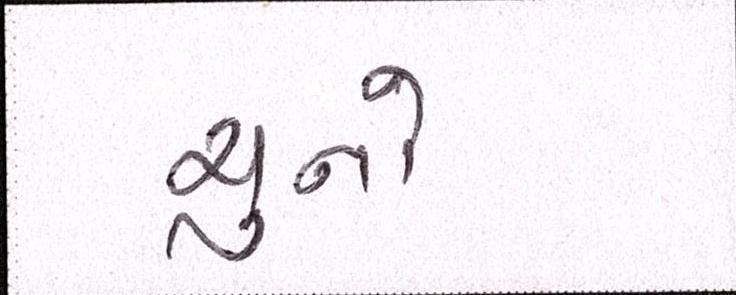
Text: ચુનો